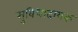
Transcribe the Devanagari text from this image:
सुविधादायक